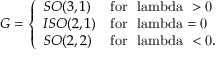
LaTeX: G = \left\{ \begin{array} { l l } { { S O ( 3 , 1 ) } } & { { \mathrm { f o r ~ \ l a m b d a ~ > 0 ~ } } } \\ { { I S O ( 2 , 1 ) } } & { { \mathrm { f o r ~ \ l a m b d a = 0 ~ } } } \\ { { S O ( 2 , 2 ) } } & { { \mathrm { f o r ~ \ l a m b d a ~ < 0 . ~ } } } \end{array} \right.